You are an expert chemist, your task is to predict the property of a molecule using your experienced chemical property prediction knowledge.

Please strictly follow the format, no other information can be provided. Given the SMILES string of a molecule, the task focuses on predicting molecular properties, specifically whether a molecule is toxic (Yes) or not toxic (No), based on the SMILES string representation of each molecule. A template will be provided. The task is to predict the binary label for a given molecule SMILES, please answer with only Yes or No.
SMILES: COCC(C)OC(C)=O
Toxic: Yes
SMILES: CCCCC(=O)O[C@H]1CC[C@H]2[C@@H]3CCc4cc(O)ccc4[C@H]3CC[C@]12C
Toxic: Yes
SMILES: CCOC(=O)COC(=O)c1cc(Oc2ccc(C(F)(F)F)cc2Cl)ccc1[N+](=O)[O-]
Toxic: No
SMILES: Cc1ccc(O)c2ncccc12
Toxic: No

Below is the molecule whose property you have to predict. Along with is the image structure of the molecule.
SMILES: O=C(O)CNCC(=O)O
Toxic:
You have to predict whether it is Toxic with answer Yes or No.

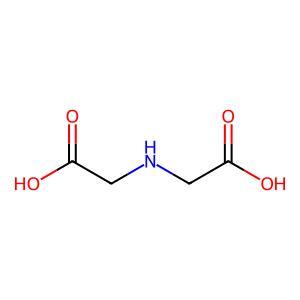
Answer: No